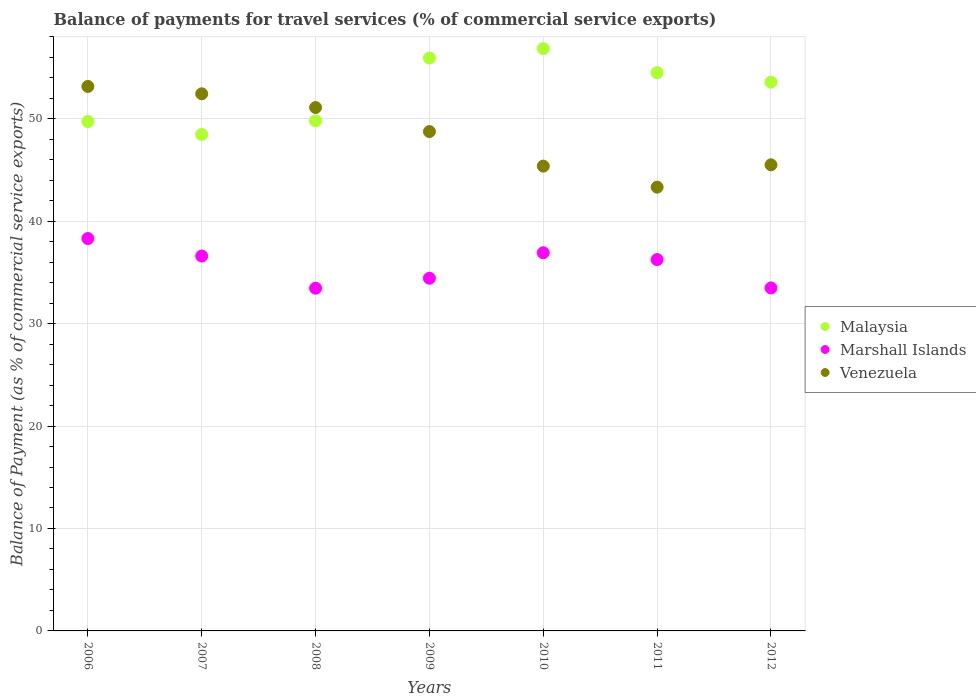
| Years | Malaysia | Marshall Islands | Venezuela |
 | --- | --- | --- | --- |
 | 2006 | 49.7 | 38.3 | 53.1 |
 | 2007 | 48.5 | 36.6 | 52.4 |
 | 2008 | 49.8 | 33.5 | 51.1 |
 | 2009 | 55.9 | 34.4 | 48.7 |
 | 2010 | 56.8 | 36.9 | 45.4 |
 | 2011 | 54.5 | 36.2 | 43.3 |
 | 2012 | 53.6 | 33.5 | 45.5 |